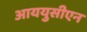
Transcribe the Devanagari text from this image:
आययुसीएन